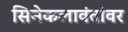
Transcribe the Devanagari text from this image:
सिनेकलावंतांवर